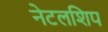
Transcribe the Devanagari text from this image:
नेटलशिप